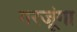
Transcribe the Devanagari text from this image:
गरजूंगा